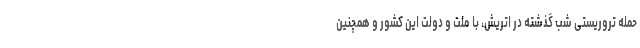
حمله تروریستی شب گذشته در اتریش، با ملت و دولت این کشور و همچنین